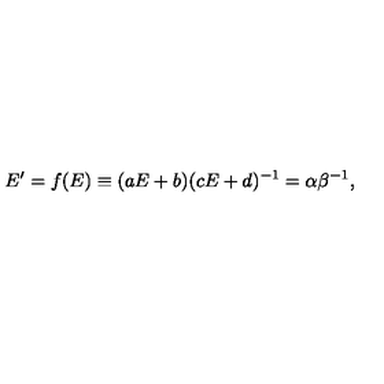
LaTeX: E ^ { \prime } = f ( E ) \equiv ( a E + b ) ( c E + d ) ^ { - 1 } = \alpha \beta ^ { - 1 } ,